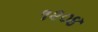
૧૨૦૪